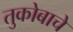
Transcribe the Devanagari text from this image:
तुकोबाचे